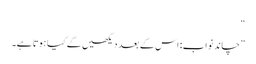
“
”چاند نواب: اس کے بعد دیکھیں گے کیا ہوتا ہے۔